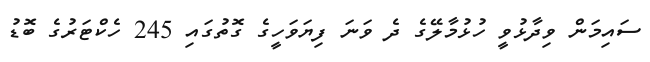
ސައިމަން ވިދާޅުވީ ހުޅުމާލޭގެ ދެ ވަނަ ފިޔަވަހީގެ ގޮތުގައި 245 ހެކްޓަރުގެ ބޮޑު